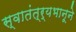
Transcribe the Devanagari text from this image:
स्वातंत्र्यभानूने